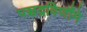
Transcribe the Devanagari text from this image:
पञ्चद्रविणौंमे